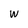
Character: w